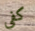
كفي